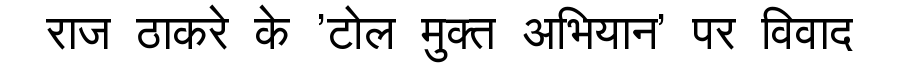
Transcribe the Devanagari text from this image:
राज ठाकरे के 'टोल मुक्त अभियान' पर विवाद